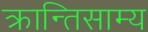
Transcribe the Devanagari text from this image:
क्रान्तिसाम्य